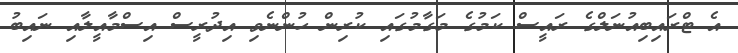
އެ ޓްރައިބިއުނަލްގެ ރައީސް ކަމުގެ މަގާމުގައި ކުރިން ހުންނެވި އިދުރީސް އިސްމާއީލާއި ނައިބު